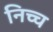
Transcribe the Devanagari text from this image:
निच्च